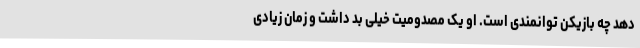
دهد چه بازیکن توانمندی است. او یک مصدومیت خیلی بد داشت و زمان زیادی